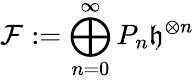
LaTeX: \mathcal{F}:=\bigoplus_{n=0}^{\infty}P_{n}\mathfrak{h}^{\otimes n}